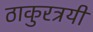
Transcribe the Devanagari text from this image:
ठाकुरत्रयी